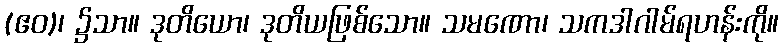
(ဧဝ)၊ ၌သာ။ ဒုတိယော၊ ဒုတိယဖြစ်သော။ သမဏော၊ သကဒါဂါမ်ရဟန်းကို။